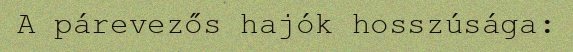
A párevezős hajók hosszúsága: